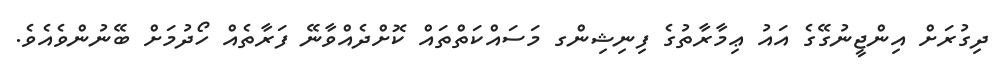
ދިގުރަށް އިންޖީނުގޭގެ އައު ޢިމާރާތުގެ ފިނިޝިންގ މަސައްކަތްތައް ކޮށްދެއްވާނޭ ފަރާތެއް ހޯދުމަށް ބޭނުންވެއެވެ.